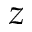
z